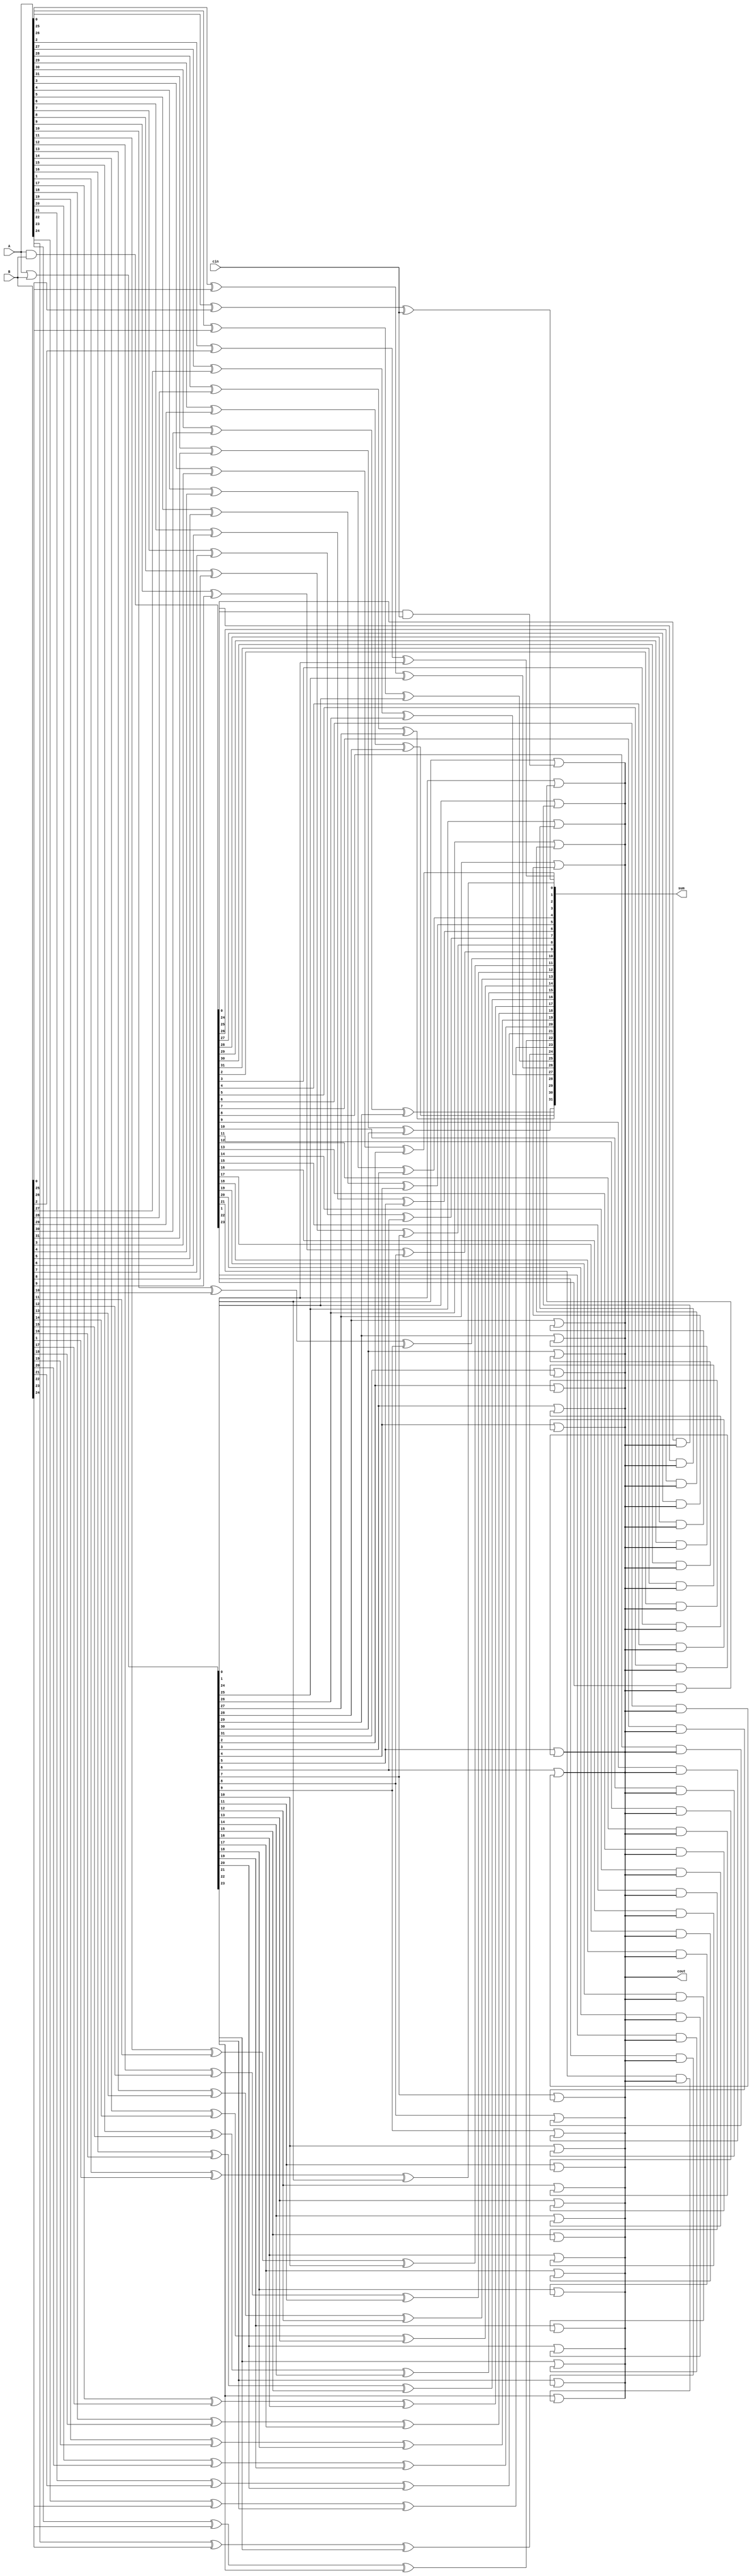
module carry_lookahead_adder (
  input [31:0] A, // input operand A
  input [31:0] B, // input operand B
  input cin, // carry-in signal
  output [31:0] sum, // output sum
  output cout // carry-out signal
);

wire [32:0] P, G; // propagate and generate signals

assign P = A & B; // generate propagate signals
assign G = A | B; // generate generate signals

assign sum[0] = A[0] ^ B[0] ^ cin; // calculate sum and carry from LSB
assign cout = G[0] | (P[0] & cin);

// calculate sum and carry for rest of the bits in parallel
genvar i;
generate
for (i = 1; i < 32; i = i + 1) begin
  assign sum[i] = A[i] ^ B[i] ^ G[i-1];
  assign cout = G[i] | (P[i] & cout);
end
endgenerate

endmodule